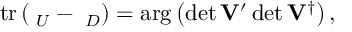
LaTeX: \mathrm { t r } \, ( { \bf \Omega } _ { U } - { \bf \Omega } _ { D } ) = \arg \left( \operatorname * { d e t } { \bf V } ^ { \prime } \operatorname * { d e t } { \bf V } ^ { \dagger } \right) ,